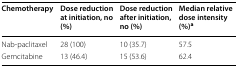
<table><thead><tr><td><b>Chemotherapy</b></td><td><b>Dose reduction at initiation, no (%)</b></td><td><b>Dose reduction after initiation, no (%)</b></td><td><b>Median relative dose intensity (%)<sup>a</sup></b></td></tr></thead><tbody><tr><td>Nab-paclitaxel</td><td>28 (100)</td><td>10 (35.7)</td><td>57.5</td></tr><tr><td>Gemcitabine</td><td>13 (46.4)</td><td>15 (53.6)</td><td>62.4</td></tr></tbody></table>